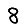
Digit: 8